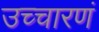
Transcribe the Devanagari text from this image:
उच्चारणं